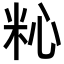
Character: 𥹀